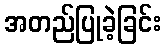
အတည်ပြုခဲ့ခြင်း